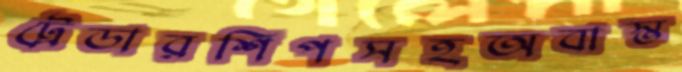
ট্রেডারশিপসহঅবাস্ত